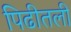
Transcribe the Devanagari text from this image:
पिढीतली